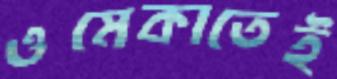
ওমেকাতেই